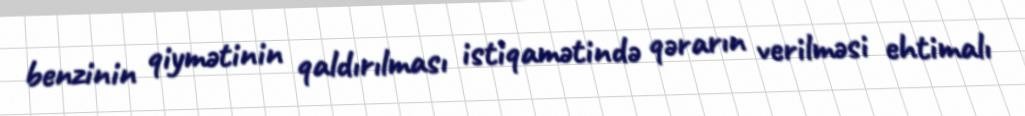
benzinin qiymətinin qaldırılması istiqamətində qərarın verilməsi ehtimalı